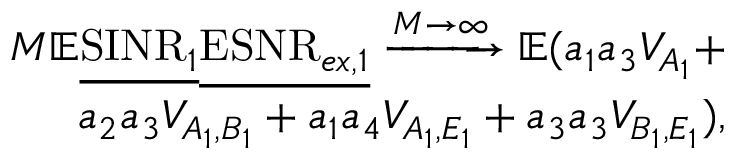
\begin{array} { r } { M \mathbb { E } \underline { { \mathrm { S I N R } _ { 1 } } } \underline { { \mathrm { E S N R } _ { e x , 1 } } } \xrightarrow [ ] { M \rightarrow \infty } \mathbb { E } ( a _ { 1 } a _ { 3 } V _ { A _ { 1 } } + } \\ { a _ { 2 } a _ { 3 } V _ { A _ { 1 } , B _ { 1 } } + a _ { 1 } a _ { 4 } V _ { A _ { 1 } , E _ { 1 } } + a _ { 3 } a _ { 3 } V _ { B _ { 1 } , E _ { 1 } } ) , } \end{array}